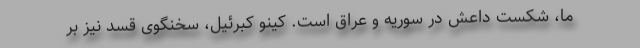
ما، شکست داعش در سوریه و عراق است. کینو کبرئیل، سخنگوی قسد نیز بر